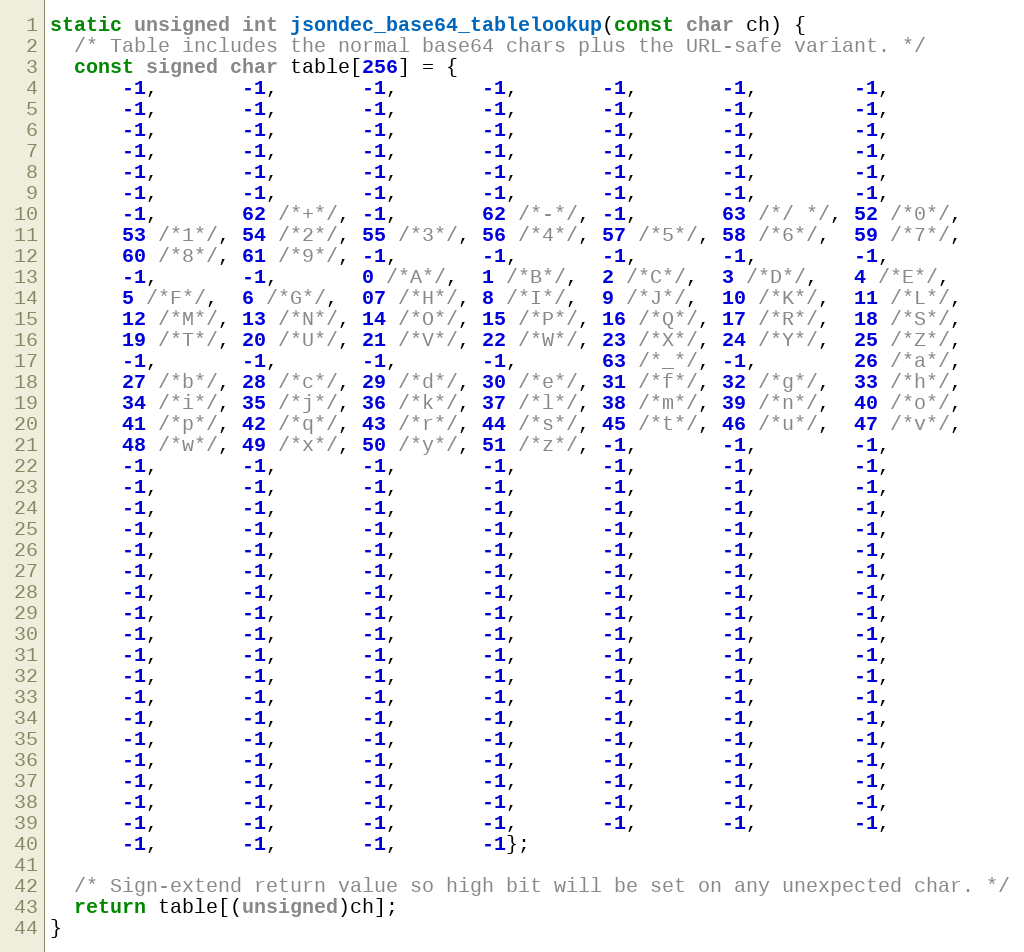
Language: C
static unsigned int jsondec_base64_tablelookup(const char ch) {
  /* Table includes the normal base64 chars plus the URL-safe variant. */
  const signed char table[256] = {
      -1,       -1,       -1,       -1,       -1,       -1,        -1,
      -1,       -1,       -1,       -1,       -1,       -1,        -1,
      -1,       -1,       -1,       -1,       -1,       -1,        -1,
      -1,       -1,       -1,       -1,       -1,       -1,        -1,
      -1,       -1,       -1,       -1,       -1,       -1,        -1,
      -1,       -1,       -1,       -1,       -1,       -1,        -1,
      -1,       62 /*+*/, -1,       62 /*-*/, -1,       63 /*/ */, 52 /*0*/,
      53 /*1*/, 54 /*2*/, 55 /*3*/, 56 /*4*/, 57 /*5*/, 58 /*6*/,  59 /*7*/,
      60 /*8*/, 61 /*9*/, -1,       -1,       -1,       -1,        -1,
      -1,       -1,       0 /*A*/,  1 /*B*/,  2 /*C*/,  3 /*D*/,   4 /*E*/,
      5 /*F*/,  6 /*G*/,  07 /*H*/, 8 /*I*/,  9 /*J*/,  10 /*K*/,  11 /*L*/,
      12 /*M*/, 13 /*N*/, 14 /*O*/, 15 /*P*/, 16 /*Q*/, 17 /*R*/,  18 /*S*/,
      19 /*T*/, 20 /*U*/, 21 /*V*/, 22 /*W*/, 23 /*X*/, 24 /*Y*/,  25 /*Z*/,
      -1,       -1,       -1,       -1,       63 /*_*/, -1,        26 /*a*/,
      27 /*b*/, 28 /*c*/, 29 /*d*/, 30 /*e*/, 31 /*f*/, 32 /*g*/,  33 /*h*/,
      34 /*i*/, 35 /*j*/, 36 /*k*/, 37 /*l*/, 38 /*m*/, 39 /*n*/,  40 /*o*/,
      41 /*p*/, 42 /*q*/, 43 /*r*/, 44 /*s*/, 45 /*t*/, 46 /*u*/,  47 /*v*/,
      48 /*w*/, 49 /*x*/, 50 /*y*/, 51 /*z*/, -1,       -1,        -1,
      -1,       -1,       -1,       -1,       -1,       -1,        -1,
      -1,       -1,       -1,       -1,       -1,       -1,        -1,
      -1,       -1,       -1,       -1,       -1,       -1,        -1,
      -1,       -1,       -1,       -1,       -1,       -1,        -1,
      -1,       -1,       -1,       -1,       -1,       -1,        -1,
      -1,       -1,       -1,       -1,       -1,       -1,        -1,
      -1,       -1,       -1,       -1,       -1,       -1,        -1,
      -1,       -1,       -1,       -1,       -1,       -1,        -1,
      -1,       -1,       -1,       -1,       -1,       -1,        -1,
      -1,       -1,       -1,       -1,       -1,       -1,        -1,
      -1,       -1,       -1,       -1,       -1,       -1,        -1,
      -1,       -1,       -1,       -1,       -1,       -1,        -1,
      -1,       -1,       -1,       -1,       -1,       -1,        -1,
      -1,       -1,       -1,       -1,       -1,       -1,        -1,
      -1,       -1,       -1,       -1,       -1,       -1,        -1,
      -1,       -1,       -1,       -1,       -1,       -1,        -1,
      -1,       -1,       -1,       -1,       -1,       -1,        -1,
      -1,       -1,       -1,       -1,       -1,       -1,        -1,
      -1,       -1,       -1,       -1};

  /* Sign-extend return value so high bit will be set on any unexpected char. */
  return table[(unsigned)ch];
}